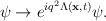
\begin{align*}\psi\rightarrow e^{iq^2\Lambda({\bf x}, t)}\psi.\end{align*}